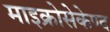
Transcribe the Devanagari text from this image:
माइक्रोसेकेण्द